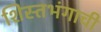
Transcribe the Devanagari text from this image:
शिस्तभंगाची